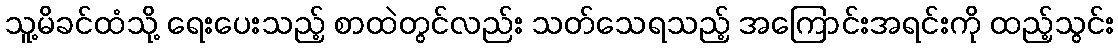
သူ့မိခင်ထံသို့ ရေးပေးသည့် စာထဲတွင်လည်း သတ်သေရသည့် အကြောင်းအရင်းကို ထည့်သွင်း